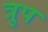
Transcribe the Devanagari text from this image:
त्रुप